Report on the working of the Ranchi Indian Mental Hospital, Kanke, in Bihar and Orissa - 1930-1940
Year: 1930
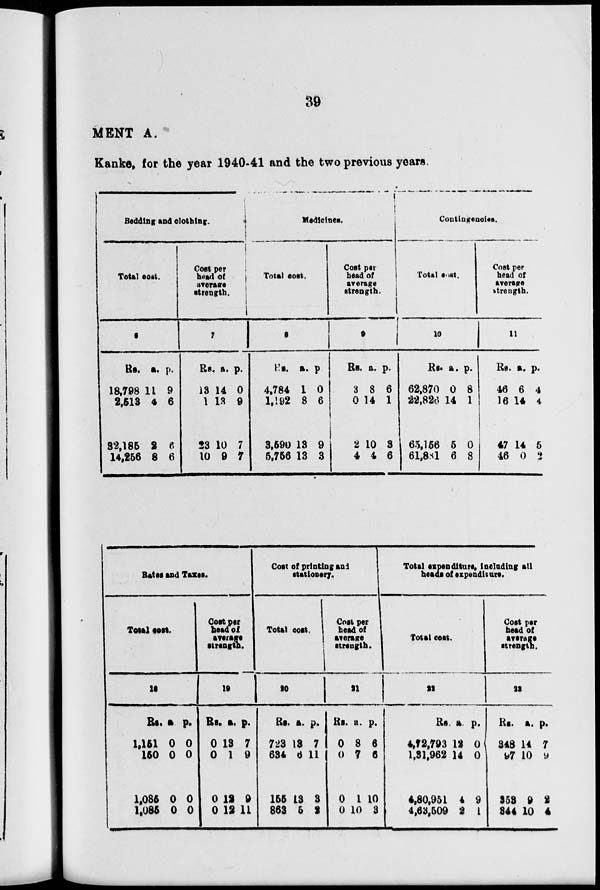
39
MENT A.
Kanke, for the year 1940-41 and the two previous years.
Bedding and clothing.
Total cost.
6
Rs.
18,798
2,513
32,185
14,256
a.
11
4
2
8
p.
9
6
6
6
Cost per
head of
average
strength.
7
Rs.
13
1
23
10
a.
14
13
10
9
p.
0
9
7
7
Medicines.
Total cost.
8
Rs.
4,784
1,192
3,590
5,756
a.
1
8
13
13
p.
0
6
9
3
Cost per
head of
average
strength.
9
Rs.
3
0
2
4
a.
8
14
10
4
p.
6
1
3
6
Contingencies.
Total cost.
10
Rs.
62,870
22,826
65,156
61,881
a.
0
14
5
6
p.
8
1
0
8
Cost per
head of
average
strength.
11
Rs.
46
16
47
46
a.
6
14
14
0
p.
4
4
5
2
Rates and Taxes.
Total cost.
18
Rs.
1,151
150
1,085
1,085
a.
0
0
0
0
p.
0
0
0
0
Cost per
head of
average
strength.
19
Rs.
0
0
0
0
a.
13
1
12
12
p.
7
9
9
11
Cost of printing and
stationery.
Total cost.
20
Rs.
723
634
155
863
a.
13
6
13
5
p.
7
11
3
2
Cost per
head of
average
strength.
21
Rs.
0
0
0
0
a.
8
7
1
10
p.
6
6
10
3
Total expenditure, Including all
heads of expenditure.
Total coat.
22
Rs.
4,72,793
1,31,962
4,80,951
4,63,509
a.
12
14
4
2
p.
0
0
9
1
Coat per
head of
average
strength.
23
Rs.
348
97
353
344
a.
14
10
9
10
p.
7
9
2
4